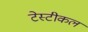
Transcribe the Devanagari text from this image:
टेस्टीकल